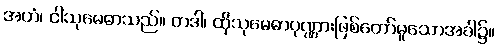
အဟံ၊ ငါသုမေဓာသည်။ တဒါ၊ ထိုသုမေဓာပုဏ္ဏားဖြစ်တော်မူသောအခါ၌။